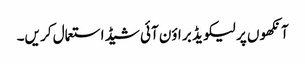
آنکھو ں پر لیکو یڈ بر اؤن آئی شیڈ استعمال کر یں۔